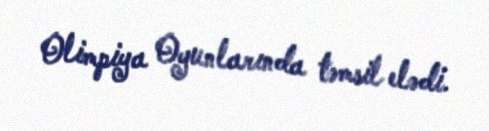
Olimpiya Oyunlarında təmsil elədi.